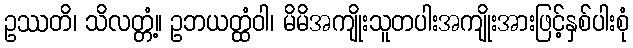
ဥဿတိ၊ သိလတ္တံ့။ ဥဘယတ္ထံဝါ၊ မိမိအကျိုးသူတပါးအကျိုးအားဖြင့်နှစ်ပါးစုံ